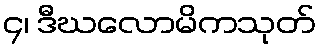
၄၊ ဒီဃလောမိကသုတ်